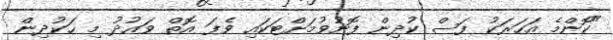
"ކޮންމެ އަހަރަކު ފަސް ކުދިން ފޮނުވުމަށްޓަކައި ވެފަ އޮތް ވައުދު މި ހަކުދިން